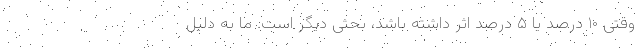
وقتی ۱۰ درصد یا ۵ درصد اثر داشته باشد، بحثی دیگر است. ما به دلیل